Document type: Sale
Year: 1305
Scribe: Bernat de Vilarúbia
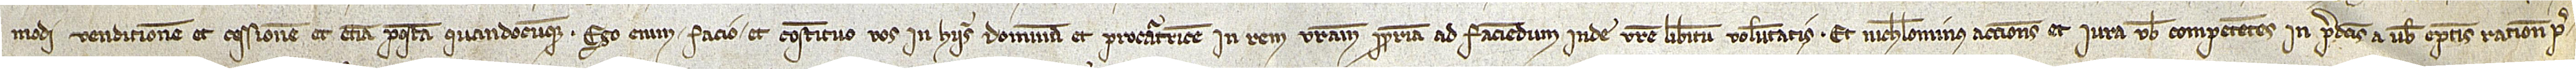
modi venditionem et cessionem et etiam postea quandocumque. Ego enim facio et constituo vos in hiis dominam et procuratricem in rem vestram propriam ad faciendum inde vestre libitum voluntatis. Et nichilominus acciones et iura vobis competentes in predictis a vobis emptis ratione pre-